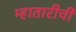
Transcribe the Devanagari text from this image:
म्हातारीची